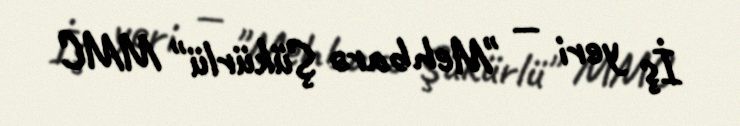
İş yeri — "Mehbarə Şükürlü" MMC